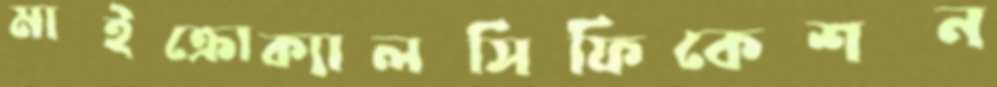
মাইক্রোক্যালসিফিকেশন